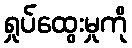
ရှုပ်ထွေးမှုကို